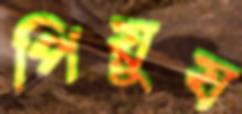
পিয়ুষ